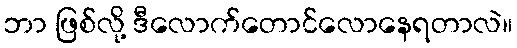
ဘာ ဖြစ်လို့ ဒီလောက်တောင်လောနေရတာလဲ။